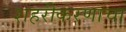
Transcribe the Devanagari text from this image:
शहरीकरणाचा